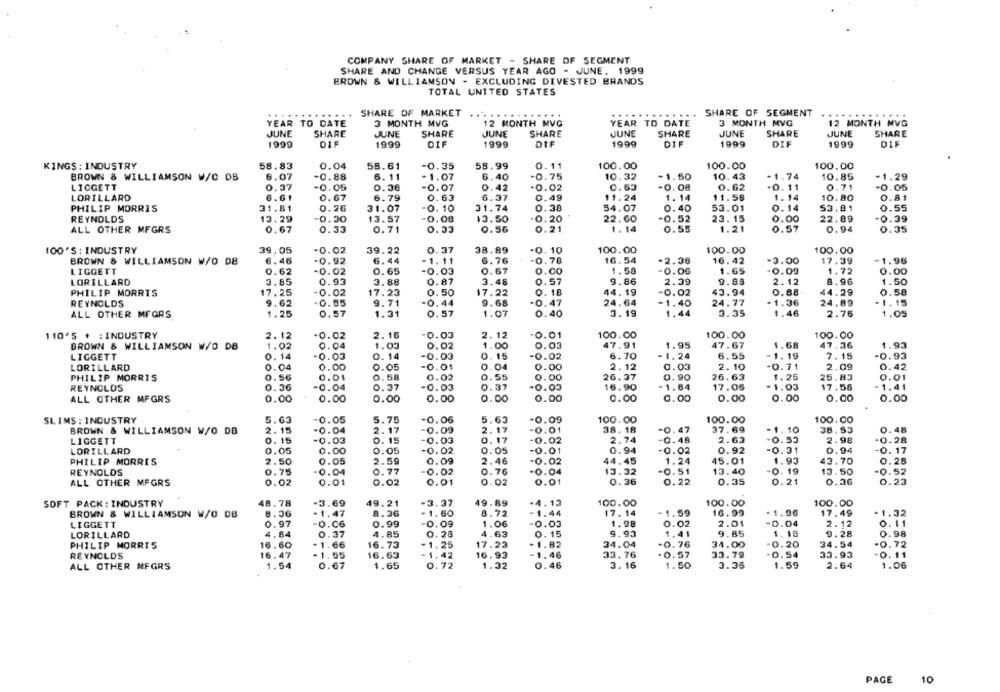
COMPANY SHARE OF MARKET - SHARE OF SEGMENT
SHARE AND CHANGE VERSUS YEAR AGO - JUNE, 1999
BROWN & WILLIAMSON - EXCLUDING DIVESTED BRANDS
TOTAL UNITED STATES
..
SHARE OF MARKET
..
SHARE OF SEGMENT
YEAR TO DATE
3 MONTH MVG
12 MONTH MVG
YEAR TO DATE
3 MONTH MVG
12 MONTH MVG
JUNE
SHARE
JUNE
JUNE
JUNE
SHARE
SHARE
SHARE
JUNE
SHARE
JUNE
SHARE
1999
DIF
1999
DIF
1999
DIF
1999
DIF
1999
DIF
1999
DIF
KINGS : INDUSTRY
58.83
0.04
58.61
-0.35
58.99
0.11
100.00
100.00
100.00
BROWN & WILLIAMSON W/C DB
6.07
-0.88
6. 11
- 1.07
6.40
0.75
10.32
-1.50
10.43
-1.74
10.85
-1.29
LIGGETT
0.37
-0.05
0.36
-0.07
0.42
-0.02
0.63
-0.08
0.62
-0. 11
0.71
-0.05
LORILLARD
6.61
0.67
6.79
0.63
6.37
0.49
11.24
1.14
11.58
1.14
10.80
0.81
PHILIP MORRIS
31.81
0.26
31.07
-0. 10
31.74
0.38
54.07
0.40
53.01
0.14
53.81
0.55
REYNOLDS
13.29
0.30
13.57
0.08
13.50
0.20
22.60
0.52
23.15
0.00
22.89
0.39
ALL OTHER MFGRS
0.67
0.33
0.71
0.33
0.56
0.21
1.14
0.55
1.21
0.57
0.94
0.35
39,05
100.00
100.00
100'S : INDUSTRY
-0.02
39.22
0.37
38.89
-0.10
100.00
BROWN & WILLIAMSON W/O DB
6.46
.0.92
6.44
- 1. 11
6.76
-0.78
16.54
-2.36
16. 42
-3.00
17.39
1.96
LIGGETT
0.62
0.65
1.58
-0.00
1.65
-0.09
1.72
0.00
-0.02
-0.03
0.67
0.00
LORILLARD
3.85
0.93
3.88
0.87
3.48
0.57
9.86
2.39
9.88
2.12
8.96
1.50
43.94
0.88
44.29
0.58
PHILIP MORRIS
17.25
0.02
17.23
0.50
17.22
0. 18
44.19
-0.02
REYNOLDS
9.62
-0.55
9.71
-0.44
9.68
-0.47
24.64
-1.40
24.77
-1.36
24.89
1.15
1.46
ALL OTHER MFGRS
1.25
0.57
1.31
0.57
1.07
0.40
3.19
1,44
3.35
2.76
1.05
110'S + : INDUSTRY
2.12
-0.02
2.16
0.03
2.12
-0.01
100.00
100.00
100.00
BROWN & WILLIAMSON W/O DB
1.02
0.04
1.03
0.02
1.00
0.03
47.91
1.95
47.67
1.68
47.36
193
LIGGETT
0.14
0.03
0. 14
-0.03
0. 15
-0.02
6.70
-1.24
6.55
-1. 19
7.15
0.93
LORILLARD
0.04
0.00
0.05
-0.01
0.04
0.00
2. 12
0.03
2.10
-0.71
2.09
42
PHILIP MORRIS
0.56
0.01
0.58
0.02
0.55
0.00
26.37
0.90
26.63
1.25
25.83
0.01
REYNOLDS
0. 36
0.04
0.37
-0.03
0.37
-0.03
16.90
- 1.64
17.05
-1.03
17.58
1.41
ALL OTHER MFGRS
0.00
0.00
0.00
0.00
0.00
0.00
0.00
0.00
0.00
0.00
0.00
0.00
NOONE
SLIMS : INDUSTRY
5.63
-0.05
5.75
-0.06
5.63
-0.09
100.00
100.00
100.00
2.17
-0.01
38.18
-0.47
37.69
0.48
BROWN & WILLIAMSON W/O DB
2. 15
-0.04
2. 17
-0.09
-1.10
38.53
LIGGETT
0. 15
-0.03
0.15
-0.03
0.17
-0.02
2.74
-0.48
2.63
-0.53
2.98
-0.28
LORILLARD
0.05
0.00
0.05
-0.02
0.05
-0.01
0.94
-0.02
0.92
-0.31
0.94
-0. 17
PHILIP MORRIS
2.50
0.05
2.59
0.09
2.46
-0.02
44.45
1.24
45.01
1.93
43.70
0.25
REYNOLDS
0.75
0.04
0.77
-0.02
0.76
-0.04
13.32
-0.51
13.40
-0.19
13.50
-0.52
ALL OTHER MFGRS
0.02
0.01
0.02
0.01
0.02
0.01
0.36
0.22
0.35
0.21
0.36
0.23
SOFT PACK : INDUSTRY
48.78
-3.69
49.21
-3.37
49.89
-4.13
100.00
100.00
100.00
-1.47
16.99
-1.96
-1.32
BROWN & WILLIAMSON W/O DB
8.36
8.36
-1.60
8.72
-1.44
17.14
-1.59
17.49
LIGGETT
0.97
-O.06
0.99
-0.09
1.06
-0.03
1.98
0.02
2.01
-0.04
2.12
0.11
4.84
4.85
0.28
4.63
9.85
1. 15
9.28
0.98
LORILLARD
0.37
0.15
9.93
1.41
PHILIP MORRIS
16.60
-1.66
16.73
-1.25
17.23
-1.82
34.04
-0.76
34.00
-0.20
34.54
-0.72
16.47
16.63
-1.42
-1.46
33.76
33.79
0.54
0.11
REYNOLDS
-1.55
16.93
-0.57
33.93
ALL OTHER MFGRS
1.54
0.67
1.65
0.72
1.32
0.46
3. 16
1.50
3.36
1.59
2.64
1.06
PAGE
10